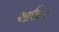
આઉટર